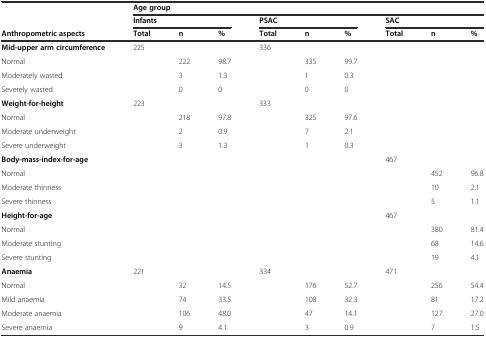
<table><thead><tr><td></td><td colspan="9"><b>Age group</b></td></tr><tr><td></td><td colspan="3"><b>Infants</b></td><td colspan="3"><b>PSAC</b></td><td colspan="3"><b>SAC</b></td></tr><tr><td><b>Anthropometric aspects</b></td><td><b>Total</b></td><td><b>n</b></td><td><b>%</b></td><td><b>Total</b></td><td><b>n</b></td><td><b>%</b></td><td><b>Total</b></td><td><b>n</b></td><td><b>%</b></td></tr></thead><tbody><tr><td><b>Mid-</b><b>upper arm circumference</b></td><td>225</td><td></td><td></td><td>336</td><td></td><td></td><td></td><td></td><td></td></tr><tr><td>Normal</td><td></td><td>222</td><td>98.7</td><td></td><td>335</td><td>99.7</td><td></td><td></td><td></td></tr><tr><td>Moderately wasted</td><td></td><td>3</td><td>1.3</td><td></td><td>1</td><td>0.3</td><td></td><td></td><td></td></tr><tr><td>Severely wasted</td><td></td><td>0</td><td>0</td><td></td><td>0</td><td>0</td><td></td><td></td><td></td></tr><tr><td><b>Weight-</b><b>for-</b><b>height</b></td><td>223</td><td></td><td></td><td>333</td><td></td><td></td><td></td><td></td><td></td></tr><tr><td>Normal</td><td></td><td>218</td><td>97.8</td><td></td><td>325</td><td>97.6</td><td></td><td></td><td></td></tr><tr><td>Moderate underweight</td><td></td><td>2</td><td>0.9</td><td></td><td>7</td><td>2.1</td><td></td><td></td><td></td></tr><tr><td>Severe underweight</td><td></td><td>3</td><td>1.3</td><td></td><td>1</td><td>0.3</td><td></td><td></td><td></td></tr><tr><td><b>Body-</b><b>mass-</b><b>index-</b><b>for</b><b>-age</b></td><td></td><td></td><td></td><td></td><td></td><td></td><td>467</td><td></td><td></td></tr><tr><td>Normal</td><td></td><td></td><td></td><td></td><td></td><td></td><td></td><td>452</td><td>96.8</td></tr><tr><td>Moderate thinness</td><td></td><td></td><td></td><td></td><td></td><td></td><td></td><td>10</td><td>2.1</td></tr><tr><td>Severe thinness</td><td></td><td></td><td></td><td></td><td></td><td></td><td></td><td>5</td><td>1.1</td></tr><tr><td><b>Height-</b><b>for-</b><b>age</b></td><td></td><td></td><td></td><td></td><td></td><td></td><td>467</td><td></td><td></td></tr><tr><td>Normal</td><td></td><td></td><td></td><td></td><td></td><td></td><td></td><td>380</td><td>81.4</td></tr><tr><td>Moderate stunting</td><td></td><td></td><td></td><td></td><td></td><td></td><td></td><td>68</td><td>14.6</td></tr><tr><td>Severe stunting</td><td></td><td></td><td></td><td></td><td></td><td></td><td></td><td>19</td><td>4.1</td></tr><tr><td><b>Anaemia</b></td><td>221</td><td></td><td></td><td>334</td><td></td><td></td><td>471</td><td></td><td></td></tr><tr><td>Normal</td><td></td><td>32</td><td>14.5</td><td></td><td>176</td><td>52.7</td><td></td><td>256</td><td>54.4</td></tr><tr><td>Mild anaemia</td><td></td><td>74</td><td>33.5</td><td></td><td>108</td><td>32.3</td><td></td><td>81</td><td>17.2</td></tr><tr><td>Moderate anaemia</td><td></td><td>106</td><td>48.0</td><td></td><td>47</td><td>14.1</td><td></td><td>127</td><td>27.0</td></tr><tr><td>Severe anaemia</td><td></td><td>9</td><td>4.1</td><td></td><td>3</td><td>0.9</td><td></td><td>7</td><td>1.5</td></tr></tbody></table>